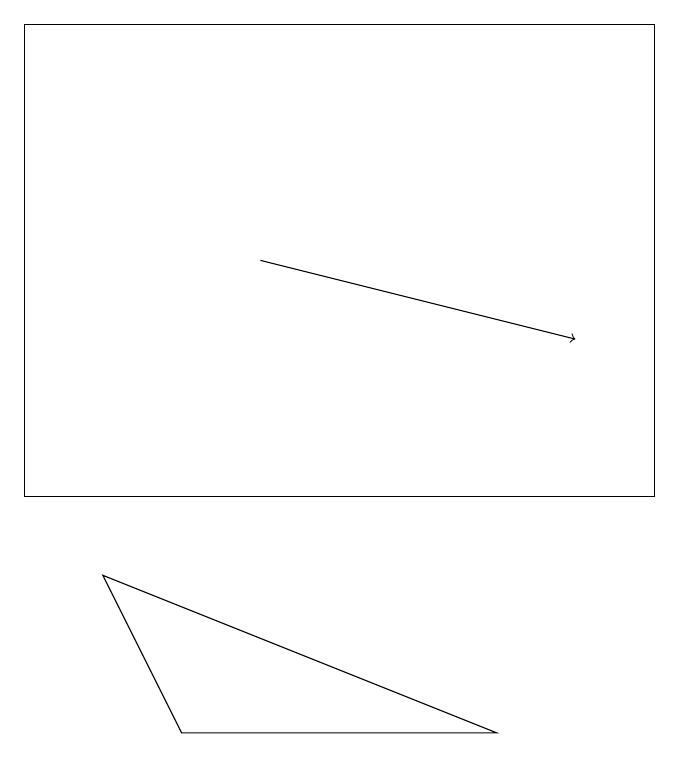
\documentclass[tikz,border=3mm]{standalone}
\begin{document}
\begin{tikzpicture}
\draw (0,16) rectangle (8,10);
\draw[->] (3,13) -- (7,12);
\draw (6,7) -- (2,7) -- (1,9) -- cycle;
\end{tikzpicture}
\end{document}